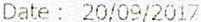
DATE : 20/09/2017